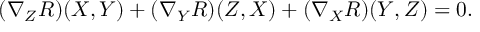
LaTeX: ( \nabla _ { Z } R ) ( X , Y ) + ( \nabla _ { Y } R ) ( Z , X ) + ( \nabla _ { X } R ) ( Y , Z ) = 0 .